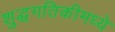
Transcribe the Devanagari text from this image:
शुद्धगतिकीमध्ये